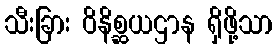
သီးခြား ဝိနိစ္ဆယဌာန ရှိဖို့သာ